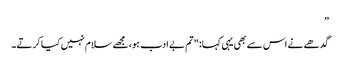
”
گدھے نے اس سے بھی یہی کہا: "تم بے ادب ہو، مجھے سلام نہیں کیا کرتے۔